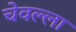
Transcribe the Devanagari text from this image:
चेवल्ला